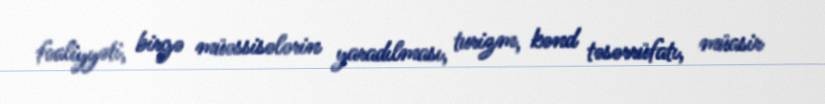
fəaliyyəti, birgə müəssisələrin yaradılması, turizm, kənd təsərrüfatı, müasir